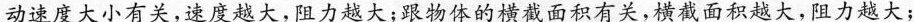
动速度大小有关，速度越大，阻力越大；跟物体的横截面积有关，横截面积越大，阻力越大；